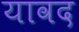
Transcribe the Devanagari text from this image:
यावद